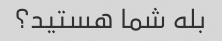
بله شما هستید؟